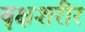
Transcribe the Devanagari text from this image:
वृक्षशरीर